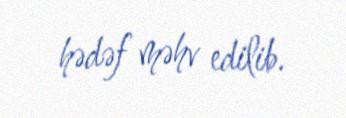
hədəf məhv edilib.